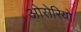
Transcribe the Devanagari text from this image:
ओसेरियो